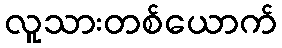
လူသားတစ်ယောက်